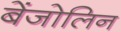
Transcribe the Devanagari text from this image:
बेंजोलिन